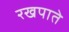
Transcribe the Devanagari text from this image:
रखपाते